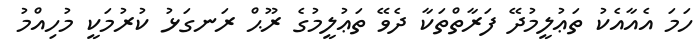
ހަމަ އެއާއެކު ތަޢުލީމުދޭ ފަރާތްތަކާ ދެވޭ ތަޢުލީމުގެ ރޫޙް ރަނގަޅު ކުރުމަކީ މުހިއްމު